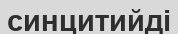
синцитийді